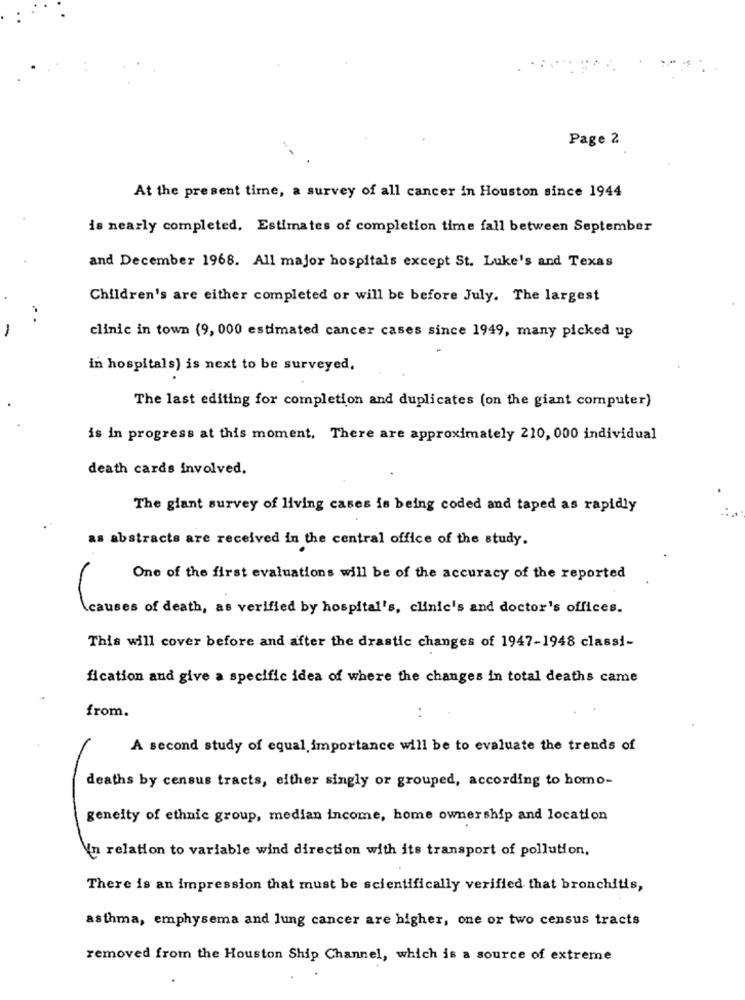
Page 2
At the present time, a survey of all cancer in Houston since 1944
is nearly completed. Estimates of completion time fall between September
and December 1968. All major hospitals except St. Luke's and Texas
Children's are either completed or will be before July. The largest
-
clinic in town (9, 000 estimated cancer cases since 1949, many picked up
in hospitals) is next to be surveyed,
The last editing for completion and duplicates (on the giant computer)
is in progress at this moment. There are approximately 210, 000 individual
death cards involved.
The giant survey of living cases is being coded and taped as rapidly
as abstracts are received in the central office of the study.
One of the first evaluations will be of the accuracy of the reported
causes of death, as verified by hospital's, clinic's and doctor's offices.
This will cover before and after the drastic changes of 1947-1948 classi-
fication and give a specific idea of where the changes in total deaths came
from.
A second study of equal importance will be to evaluate the trends of
deaths by census tracts, either singly or grouped, according to homo-
geneity of ethnic group, median income, home ownership and location
in relation to variable wind direction with its transport of pollution.
There is an impression that must be scientifically verified that bronchitis,
asthma, emphysema and lung cancer are higher, one or two census tracts
removed from the Houston Ship Channel, which is a source of extreme